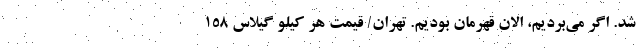
شد. اگر می‌بردیم، الان قهرمان بودیم. تهران/ قیمت هر کیلو گیلاس ۱۵۸